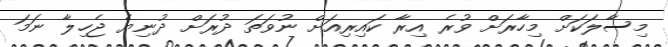
މިސާލަކަށް މިހާރަށް ވުރެ އިރާ ކައިރިއަށް ނުވަތަ ދުރަށް ދުނިޔެ ޖެހިލާ ނަމަ